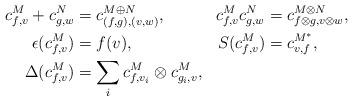
LaTeX: \begin{align*}\begin{aligned}c_{f,v}^M+c_{g,w}^N&=c_{(f, g), (v, w)}^{M\oplus N}, & c_{f,v}^Mc_{g,w}^N&=c_{f\otimes g, v\otimes w}^{M\otimes N}, \\\epsilon(c_{f,v}^M)&=f(v), & S(c_{f,v}^M)&=c_{v,f}^{M^*},\\\Delta(c_{f,v}^M)&=\sum_i c_{f,v_i}^M\otimes c_{g_i,v}^M,&&\end{aligned}\end{align*}